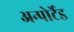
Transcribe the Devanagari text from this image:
अन्पोर्टेड